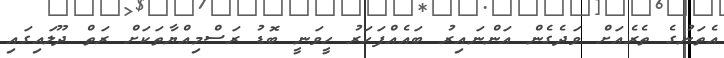
އެތަނުގެ ތެރެއަށް ވަދެގެން އަންނައިރު ބައެއްފަހަރު ހީވަނީ ބޮޑު ރަސްމިއްޔާތަކަށް ރަތް ދޫލައިގައި